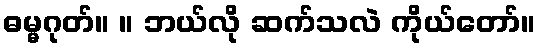
ဓမ္မဂုတ်။ ။ ဘယ်လို ဆက်သလဲ ကိုယ်တော်။